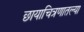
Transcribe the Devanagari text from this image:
छायाचित्रणातल्या